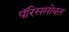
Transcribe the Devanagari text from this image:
पॅरिससोबत